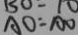
A O = A O